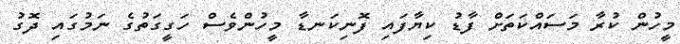
މީހުން ކުރާ މަސައްކަތަށް ފާޑު ކިޔާފައި ފޮނިކަނޑާ މީހުންވެސްް ހަގީގަތުގެ ނަމުގައި ދޮގު